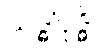
သဒ္ဓါဝုဒ္ဓိ